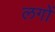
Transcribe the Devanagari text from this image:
लगों